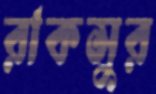
রাকসুর